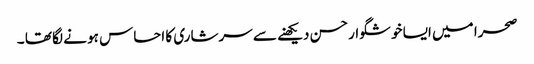
صحرا میں ایسا خوشگوار حسن دیکھنے سے سرشاری کا احساس ہو نے لگا تھا ۔